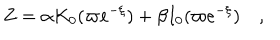
LaTeX: Z = \alpha K _ { 0 } ( \varpi e ^ { - \xi } ) + \beta I _ { 0 } ( \varpi e ^ { - \xi } ) \quad ,